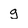
Character: g